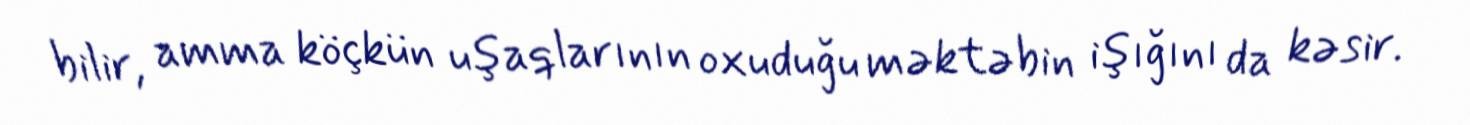
bilir, amma köçkün uşaqlarının oxuduğu məktəbin işığını da kəsir.